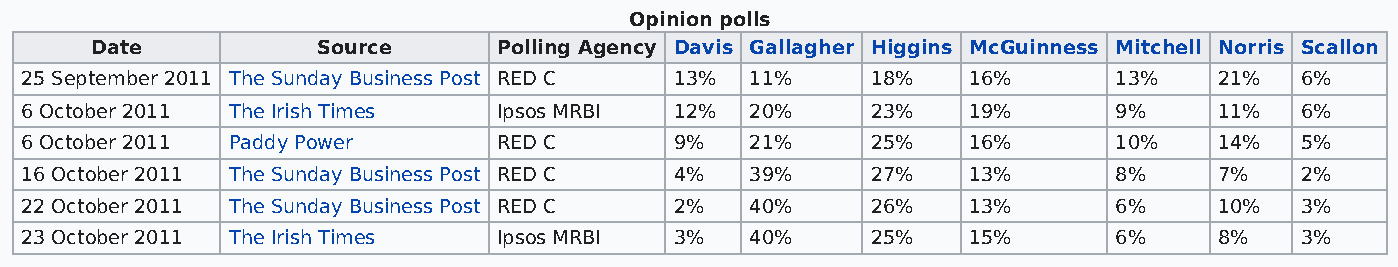
Opinion polls
 Date           Source      Polling Agency Davis Gallagher Higgins McGuinness Mitchell Norris Scallon
 25 September 2011 The Sunday Business Post RED C 13% 11% 18%   16%       13%    21%  6%
 6 October 2011 The Irish Times  Ipsos MRBI  12%  20%     23%   19%       9%     11%  6%
 6 October 2011 Paddy Power      RED C       9%   21%     25%   16%       10%    14%  5%
 16 October 2011 The Sunday Business Post RED C 4% 39%    27%   13%       8%     7%   2%
 22 October 2011 The Sunday Business Post RED C 2% 40%    26%   13%       6%     10%  3%
 23 October 2011 The Irish Times Ipsos MRBI  3%   40%     25%   15%       6%     8%   3%